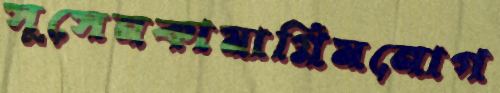
সুসেনকামাগ্নিমনোগ